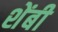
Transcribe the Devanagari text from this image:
शेंबी